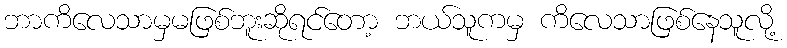
ဘာကိလေသာမှမဖြစ်ဘူးဆိုရင်တော့ ဘယ်သူကမှ ကိလေသာဖြစ်နေသူလို့